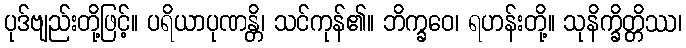
ပုဒ်ဗျည်းတို့ဖြင့်။ ပရိယာပုဏန္တိ၊ သင်ကုန်၏။ ဘိက္ခဝေ၊ ရဟန်းတို့။ သုနိက္ခိတ္တိဿ၊